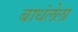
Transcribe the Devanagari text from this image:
बाधंलेला